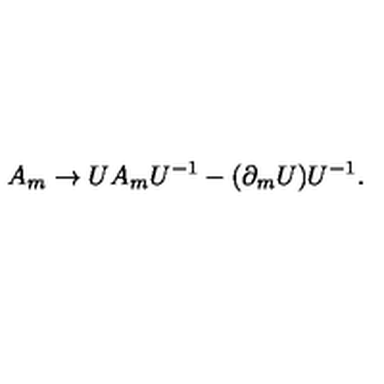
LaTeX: A _ { m } \rightarrow U A _ { m } U ^ { - 1 } - ( \partial _ { m } U ) U ^ { - 1 } .